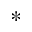
^ { * }